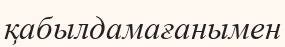
қабылдамағанымен